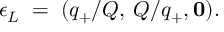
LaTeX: \epsilon _ { L } \; = \; ( q _ { + } / Q , \: Q / q _ { + } , { \bf 0 } ) .